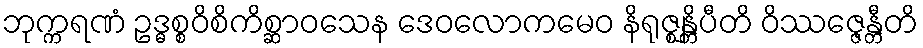
ဘုက္ကရဏံ ဥဒ္ဓစ္စဝိစိကိစ္ဆာဝသေန ဒေဝလောကမေဝ နိရုဇ္ဈန္တိပီတိ ဝိဿဇ္ဇေန္တီတိ